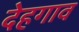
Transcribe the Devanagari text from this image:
देहगाव